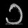
Digit: ၁